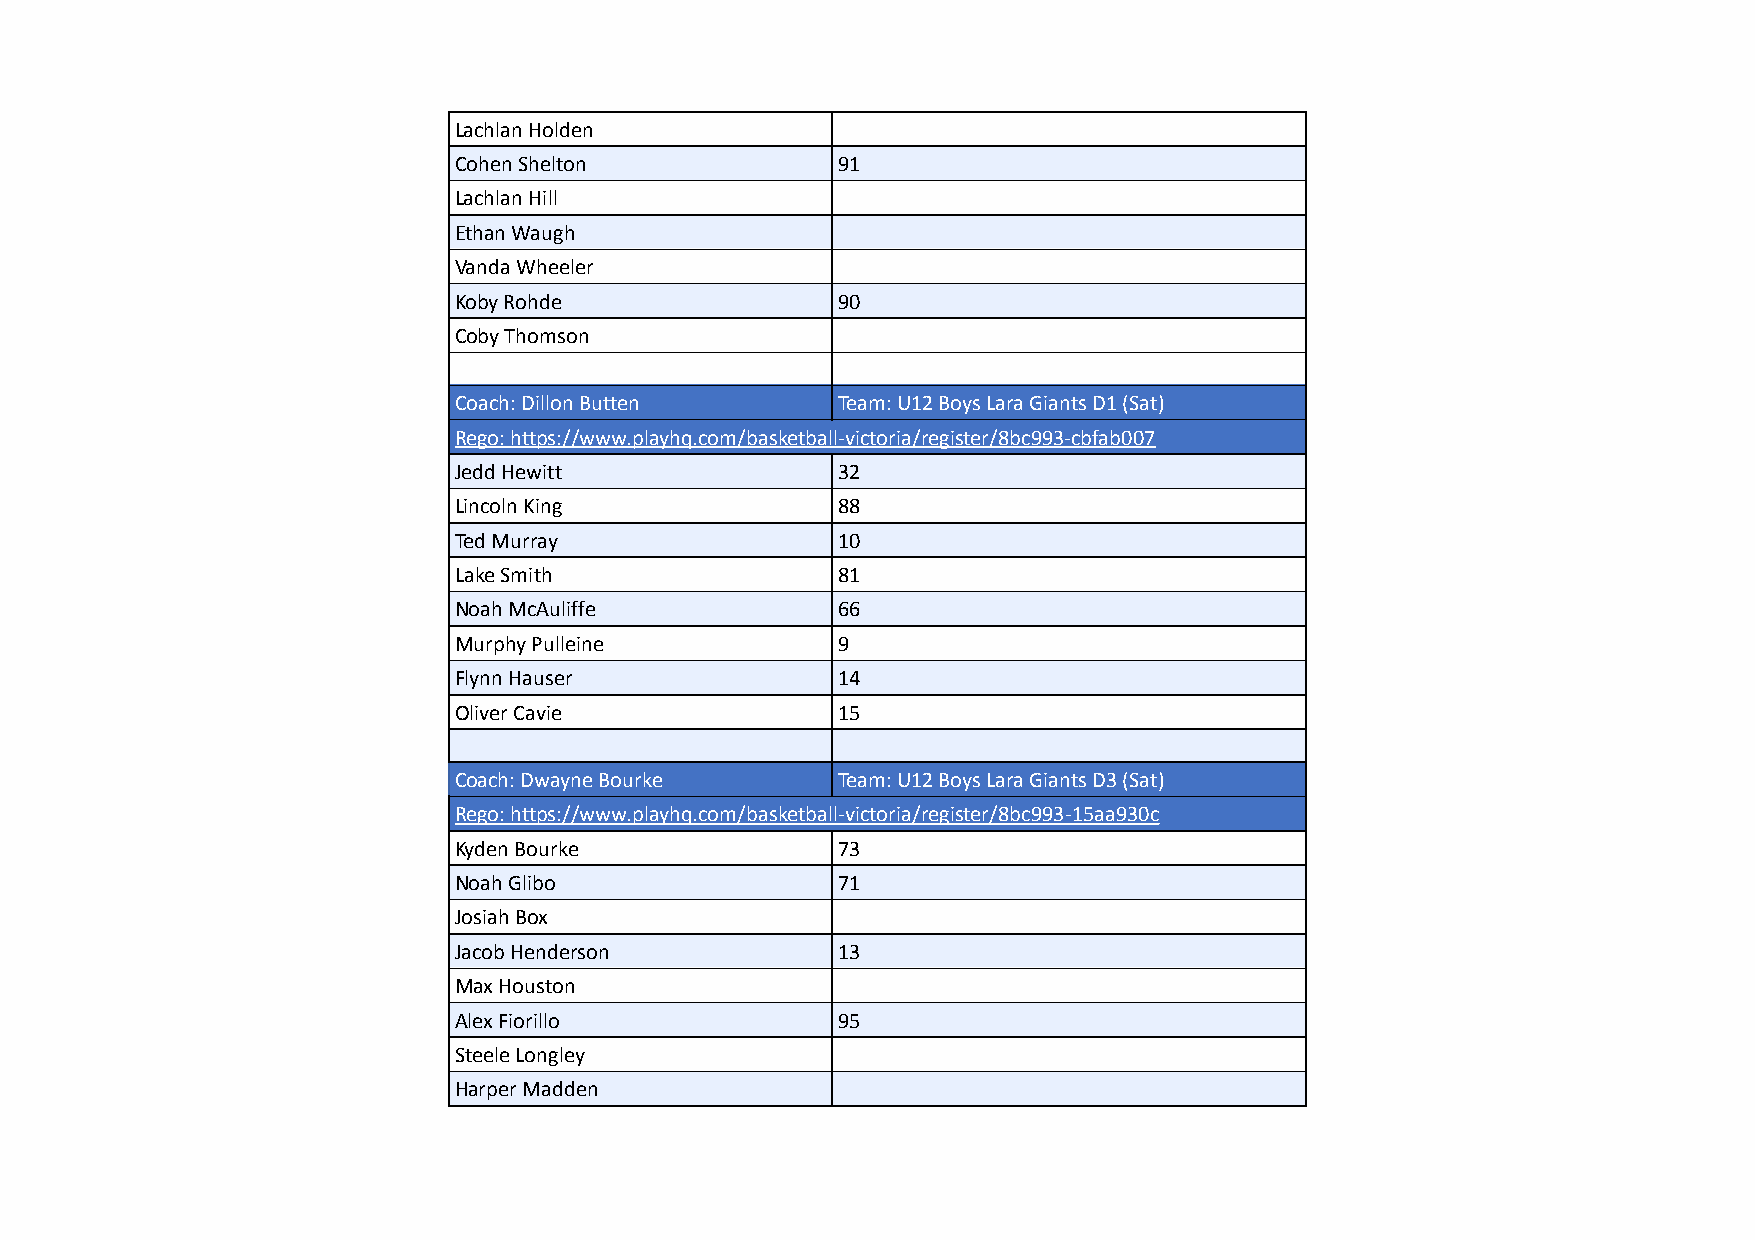
Lachlan Holden
 Cohen Shelton            91
 Lachlan Hill
 Ethan Waugh
 Vanda Wheeler
 Koby Rohde               90
 Coby Thomson
 Coach: Dillon Butten     Team: U12 Boys Lara Giants D1 (Sat)
 Rego: https://www.playhq.com/basketball-victoria/register/8bc993-cbfab007
 Jedd Hewitt              32
 Lincoln King             88
 Ted Murray               10
 Lake Smith               81
 Noah McAuliffe           66
 Murphy Pulleine          9
 Flynn Hauser             14
 Oliver Cavie             15
 Coach: Dwayne Bourke     Team: U12 Boys Lara Giants D3 (Sat)
 Rego: https://www.playhq.com/basketball-victoria/register/8bc993-15aa930c
 Kyden Bourke             73
 Noah Glibo               71
 Josiah Box
 Jacob Henderson          13
 Max Houston
 Alex Fiorillo            95
 Steele Longley
 Harper Madden